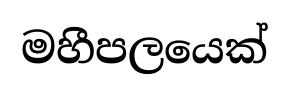
මහීපලයෙක්